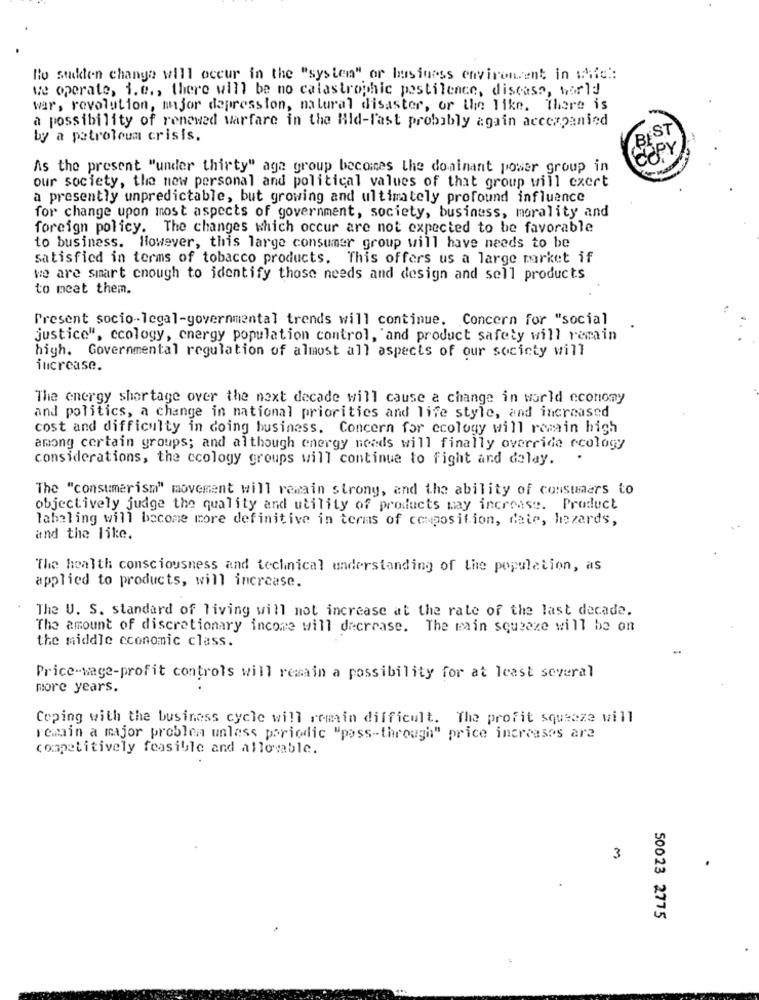
No sucken change will occur in the "system" or business environment in wie:
we operate, i. e ., there will be no catastrophic pestilence, disease, world
war, revolution, major depression, natural disaster, or the like. There is
a possibility of renewed warfare in the Hid-last probably again accompanied
BEST
by a petroleum crisis.
COPY
As the present "under thirty" age group becomes the dominant power group in
our society, the new personal and political values of that group will exert
a presently unpredictable, but growing and ultimately profound influence
for change upon most aspects of government, society, business, morality and
foreign policy. The changes which occur are not expected to be favorable
to business. However, this large consumer group will have needs to be
satisfied in terms of tobacco products. This offers us a large market if
we are smart enough to identify those needs and design and sell products
to meet them.
Present socio-legal-governmental trends will continue. Concern for "social
justice", ecology, energy population control, "and product safety will remain
high. Governmental regulation of almost all aspects of our society will
increase.
The energy shortage over the next decade will cause a change in world economy
and politics, a change in national priorities and life style, and increased
cost and difficulty in doing business. Concern for ecology will remain high
among certain groups; and although energy needs will finally override ecology
considerations, the ccology groups will continue to fight and delay.
.
The "consumerism" movement will remain strony, and the ability of consumers to
objectively judge the quality and utility of products may increase. Product
labeling will become more definitive in terms of composition, date, hazards,
and the like.
The health consciousness and technical understanding of the population, as
applied to products, will increase.
The U. S. standard of living will not increase at the rate of the last decade.
The amount of discretionary income will decrease. The main squeeze will be on
the middle economic class.
Price-wage-profit controls will remain a possibility for at least several
more years.
Coping with the business cycle will remain difficult. The profit squeeze will
remain a major problem unless periodic "pass-through" price increases are
competitively feasible and allowsable.
3
50023 2775